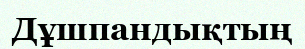
Дұшпандықтың